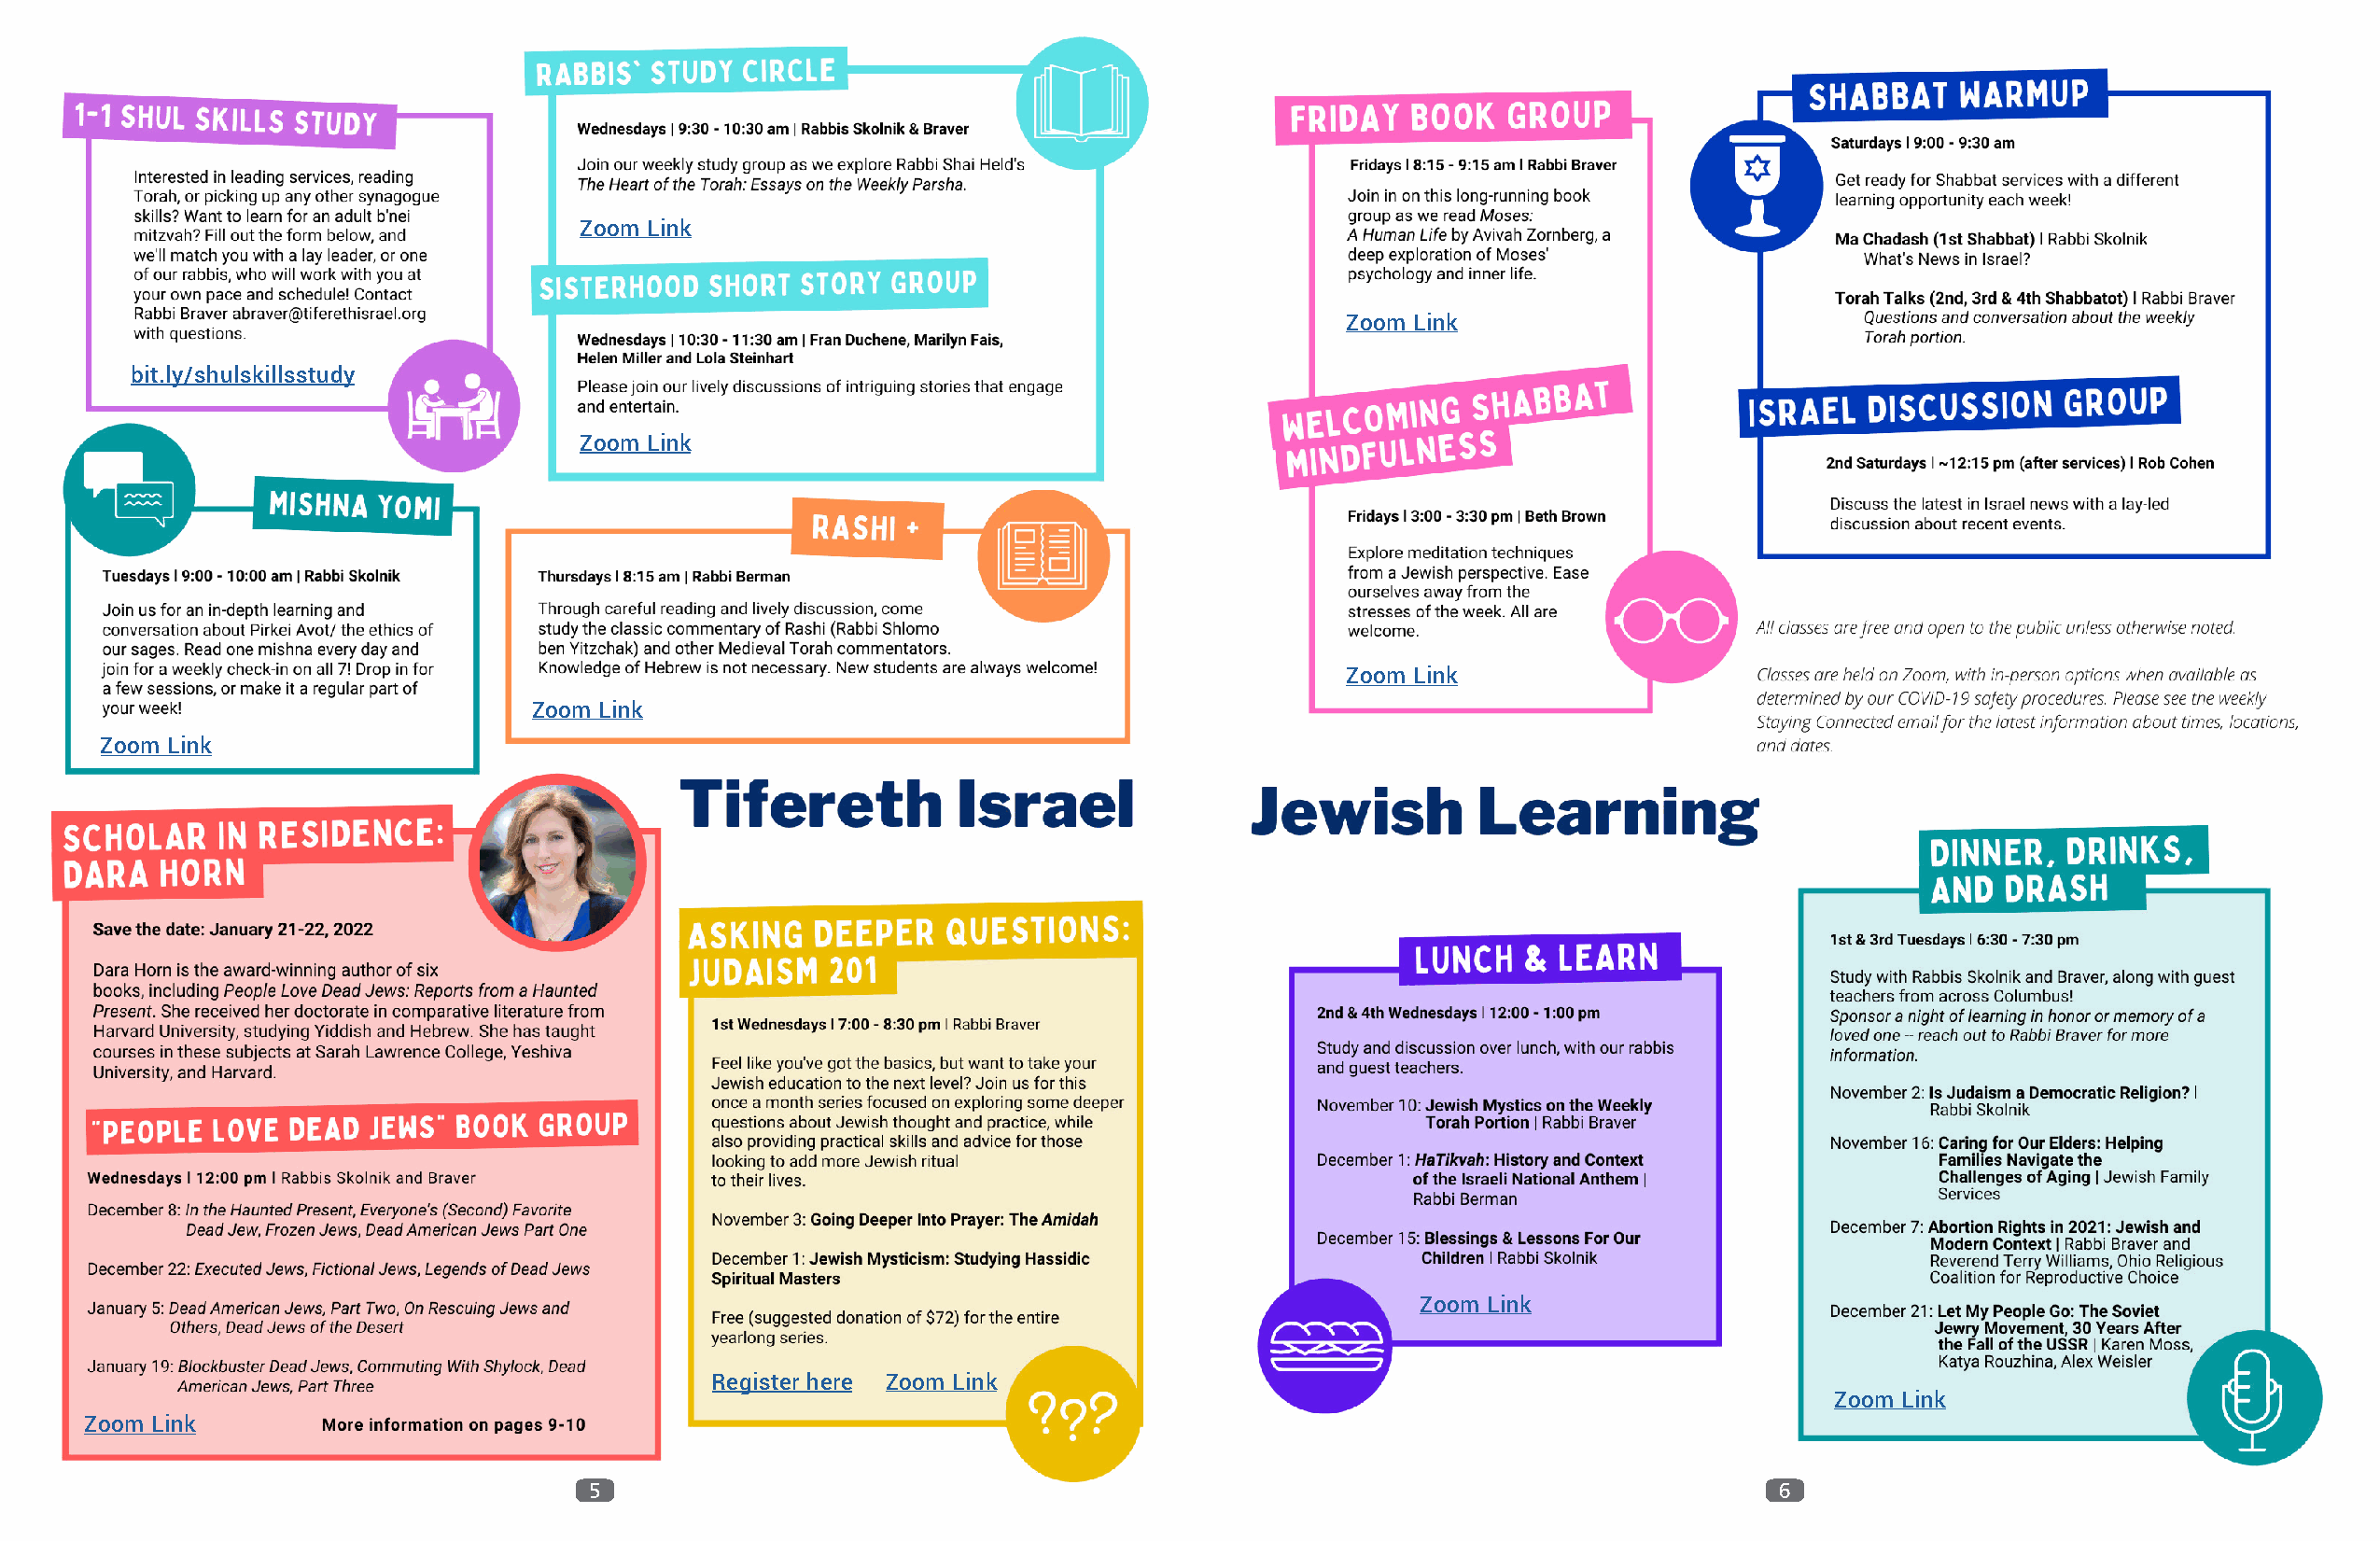
Zoom Link
 Zoom Link
 bit.ly/shulskillsstudy
 Zoom Link
 Zoom Link
 Zoom Link
 Zoom Link
 Zoom Link
 Register here Zoom Link
 Zoom Link
 Zoom Link
 5                                                                                   6